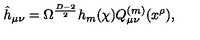
\hat { h } _ { \mu \nu } = \Omega ^ { \frac { D - 2 } { 2 } } h _ { m } ( \chi ) Q _ { \mu \nu } ^ { ( m ) } ( x ^ { \rho } ) ,